Lunatic asylums Bombay report 1878-1890 - 1878-1890
Year: 1878
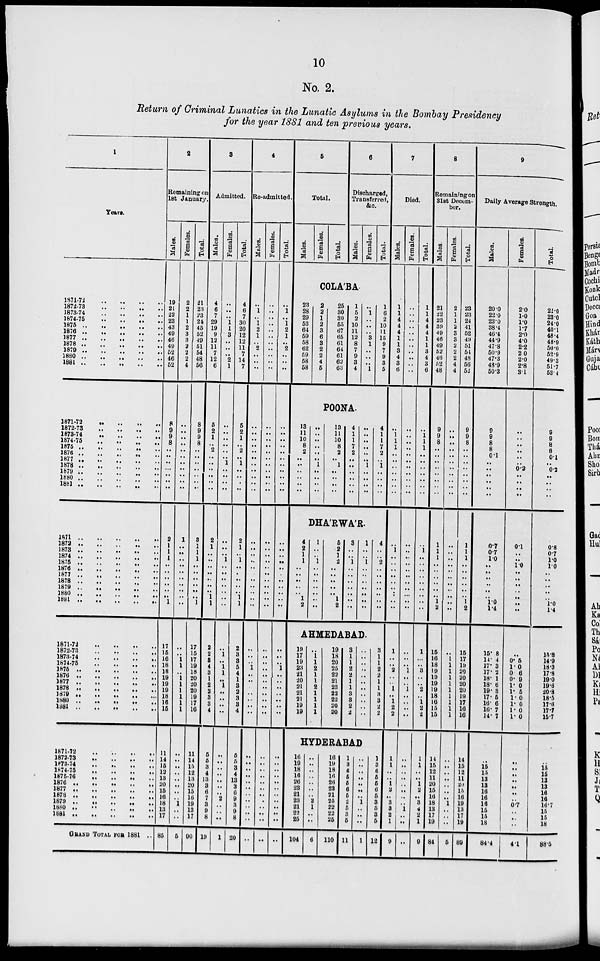
10
No. 2.
Return of Criminal Lunatics in the Lunatic Asylums in the Bombay Presidency
for the year 1881 and ten previous years.
1
Years.
1871-72
..
..
..
..
1872-73
..
..
..
..
1873-74 .. .. .. ..
1874-75 .. .. .. ..
1875 .. .. .. ..
1876 .. .. .. ..
1877 .. .. .. ..
1878 .. .. .. ..
1879 .. .. .. ..
1880 .. .. .. ..
1881 .. .. .. ..
1871-72
..
..
..
..
1872-73
..
..
..
..
1873-74 .. .. .. ..
1874-75
..
..
..
..
1875
..
..
..
..
1876 .. .. .. ..
1877 .. .. .. ..
1878 .. .. .. ..
1879 .. .. .. ..
1880 .. .. .. ..
1881 .. .. .. ..
1871 .. .. .. .. ..
1872 .. .. .. .. ..
1873 .. .. .. .. ..
1874 .. .. .. .. ..
1875 .. .. .. .. ..
1876 .. .. .. .. ..
1877 .. .. .. .. ..
1878 .. .. .. .. ..
1879 .. .. .. .. ..
1880 .. .. .. .. ..
1881 .. .. .. .. ..
1871-72 .. .. .. ..
1872-73 .. .. .. ..
1873-74 .. .. .. ..
1874-75 .. .. .. ..
1875 .. .. .. .. ..
1876 .. .. .. .. ..
1877 .. .. .. .. ..
1878 .. .. .. .. ..
1879 .. .. .. .. ..
1871-72
..
..
..
..
1872-73
..
..
..
..
1873-74
..
..
..
..
1874-75
..
..
..
..
1875-76
..
..
..
..
1876
..
..
..
..
..
1877
..
..
..
..
..
1878
..
..
..
..
..
1879 .. .. .. .. ..
1880
..
..
..
..
..
1881 .. .. .. .. ..
GRAND TOTAL FOR 1881
..
2
Remaining on
1st January.
Males.
19
21
22
23
43
49
46
49
52
46
52
8
9
9
8
..
..
..
..
..
..
..
2
1
1
1
..
..
..
..
..
..
1
17
15
16
18
18
19
19
19
18
16
15
11
14
15
12
13
20
15
16
18
13
17
85
Females.
2
2
1
1
2
3
3
2
2
2
4
..
..
..
..
..
..
..
..
..
..
..
1
..
..
..
..
..
..
..
..
..
..
..
..
1
1
..
1
1
1
1
1
1
..
..
..
..
..
..
..
..
1
..
..
5
Total.
21
23
23
24
45
52
49
51
54
48
56
8
9
9
8
..
..
..
..
..
..
..
3
1
1
1
..
..
..
..
..
..
1
17
15
17
19
18
20
20
20
19
17
16
11
14
15
12
13
20
15
16
19
13
17
90
3
Admitted.
Males.
4
6
7
29
19
9
12
11
7
12
6
5
2
1
..
2
..
..
..
..
..
..
2
1
..
..
..
..
..
..
..
1
1
2
2
8
4
3
1
2
2
3
3
4
5
5
3
4
13
3
6
7
3
9
8
19
Females.
..
..
..
1
1
3
,.
..
..
2
1
..
..
..
..
..
..
1
..
..
..
..
..
..
..
1
..
..
..
..
..
..
..
..
1
..
1
1
..
1
..
..
..
..
..
..
..
..
..
..
..
2
..
..
..
1
Total.
4
6
7
30
20
12
12
11
7
14
7
5
2
1
..
2
..
1
..
..
..
..
2
1
..
1
..
..
..
..
..
1
1
2
3
3
5
4
1
3
2
3
3
4
5
5
3
4
13
3
6
9
3
9
8
20
4
Re-admitted.
Males.
..
1
..
1
2
1
..
2
..
..
..
..
..
..
..
..
..
..
..
..
..
..
..
..
..
..
..
..
..
..
..
..
..
..
..
..
1
..
..
..
..
..
..
..
..
..
..
..
..
..
..
..
..
..
..
..
Females.
..
..
..
..
..
..
..
..
..
..
..
..
..
..
..
..
..
..
..
..
..
..
..
..
..
..
..
..
..
..
..
..
..
..
..
..
..
..
..
..
..
..
..
..
..
..
..
..
..
..
..
..
..
..
..
..
Total.
..
1
..
1
2
1
..
2
..
..
..
..
..
..
..
..
..
..
..
..
..
..
..
..
..
..
..
..
..
..
..
..
..
..
..
..
1
..
..
..
..
..
..
..
..
..
..
..
..
..
..
..
..
..
..
..
5
Total.
Males.
Females.
Total.
6
Discharged,
Transferred,
&c.
Males.
Females.
Total.
COLA'BA
23
28
29
53
64
59
58
62
59
58
58
2
2
1
2
3
6
3
2
2
4
5
25
30
30
55
67
65
61
64
61
62
63
1
5
2
10
11
12
8
7
9
3
4
..
1
..
..
..
3
1
..
..
..
1
1
6
2
10
11
15
9
7
9
3
5
POONA.
13
11
10
8
2
..
..
..
..
..
..
..
..
..
..
..
..
1
..
..
..
..
13
11
10
8
2
..
1
..
..
..
..
4
1
1
7
2
..
..
..
..
..
..
..
..
..
..
..
..
1
..
..
..
..
4
1
1
7
2
..
1
..
..
..
..
DHA'RWA'R.
4
2
1
1
..
..
..
..
..
1
2
1
..
..
1
..
..
..
..
..
..
..
5
2
1
2
..
..
..
..
..
1
2
3
..
..
1
..
..
..
..
..
..
..
1
..
..
1
..
..
..
..
..
..
..
4 ..
..
2
..
..
..
..
..
..
..
AHMEDABAD.
19
17
19
23
21
20
21
21
21
19
19
..
1
1
2
1
1
2
1
1
1
1
19
18
20
25
22
21
23
22
22
20
20
3
1
1
2
2
1
1
3
3
2
2
..
..
..
..
..
..
..
..
..
..
..
3
1
1
2
2
1
1
3
3
2
2
HYDERABAD
16
19
18
16
26
23
21
23
21
22
25
104
..
..
..
..
..
..
..
2
1
..
..
6
16
19
18
16
26
23
21
25
22
22
25
110
1
3
6
5
5
6
5
2
5
3
5
11
..
..
..
..
..
..
..
1
..
..
..
1
1
3
6
5
5
6
5
3
5
3
5
12
7
Died.
Males.
1
1
4
4
4
1
1
3
4
3
6
..
1
1
1
..
..
..
..
..
..
..
..
1
..
..
..
..
..
..
..
..
..
1
..
..
2
..
..
1
..
1
2
2
1
1
..
..
1
2
..
3
3
2
1
..
Females.
..
..
..
..
..
..
..
. .
. .
. .
..
..
..
..
..
..
..
..
..
..
..
..
..
..
..
..
..
..
..
..
..
..
..
..
..
..
1
..
..
1
..
..
..
..
..
..
..
..
..
. .
..
..
1
..
..
..
Total.
1
1
4
4
4
1
1
3
4
3
6
..
1
1
1
..
..
..
..
..
..
..
..
1
..
..
..
..
..
..
..
..
..
1
..
..
3
..
..
2
..
1
2
2
1
1
..
..
1
2
..
3
4
2
1
9
8
Remaining on
31st Decem-
ber.
Males.
21
22
23
39
49
46
49
52
46
52
48
9
9
8
..
..
..
..
..
..
..
..
1
1
1
..
..
..
..
..
..
1
2
15
16
18
19
19
19
19
18
16
15
15
14
15
12
11
20
15
16
18
13
17
19
84
Females.
2
1
1
2
3
3
2
2
2
4
4
..
..
..
..
..
..
..
..
..
..
..
..
..
..
..
..
..
..
..
..
..
..
..
1
1
1
1
1
1
1
1
1
1
..
..
..
..
..
..
..
1
..
..
..
5
Total.
23
23
24
41
52
49
51
54
48
56
52
9
9
8
..
..
..
..
..
..
..
..
1
1
1
..
..
..
..
..
..
1
2
15
17
19
20
20
20
20
19
17
16
16
14
15
12
11
20
15
16
19
13
17
19
89
9
Daily Average Strength.
Males.
20.0
22.0
23.0
38.4
46.4
44.9
47.8
50.9
47.3
43.9
50.3
9
9
8
8
0.1
..
..
..
..
..
..
0.7
0.7
10
..
..
..
..
..
..
1.0
1.4
15. 8
14. 4
17. 3
17. 2
18.1
18.6
19. 3
17.5
16. 6
16. 7
14.7
..
15
15
13
13
16
16
16
15
15
18
84.4
Females.
2.0
1.0
1.0
1.7
2.0
4.0
2.2
20
2.0
2.8
3.1
..
..
..
..
..
..
0.2
..
..
..
..
0.1
..
..
1.0
..
..
..
..
..
..
..
..
0.5
1.0
0 . 6
0. 9
1. 0
1. 5
1. 0
1. 0
1 . 0
1 . 0
..
..
..
..
..
..
..
0.7
..
..
..
4.1
Total.
22.0
23.0
240
40.1
48.4
48.9
50.0
52.9
49.3
51.7
53 4
9
9
8
8
0.1
..
0.2
..
..
..
..
0.8
0.7
1.0
1.0
..
..
..
..
..
1.0
1.4
15.8
14.9
18.3
17.8
19.0
19.6
20.8
18.5
17.6
17.7
15.7
..
15
15
13
13
16
16
16.7
15
15
18
88.5